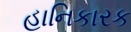
હાનિકારક